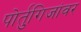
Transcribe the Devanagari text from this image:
पोर्तुगिजांवर